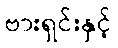
ဗားရှင်းနှင့်